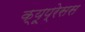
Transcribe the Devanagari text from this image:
क्यूप्रेसस